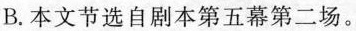
B. 本文节选自剧本第五幕第二场。